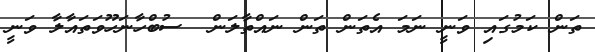
ތަން ކަމުގައި ވަނީ ނަމަ އެތަން ތަން ނައްތާލަން  ސުބްހާނަހޫވަތައާލާ ވަނީ